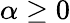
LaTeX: \alpha\geq 0